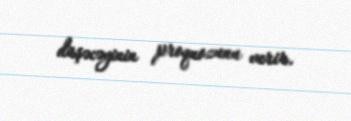
düşəcəyinin proqnozunu verir.